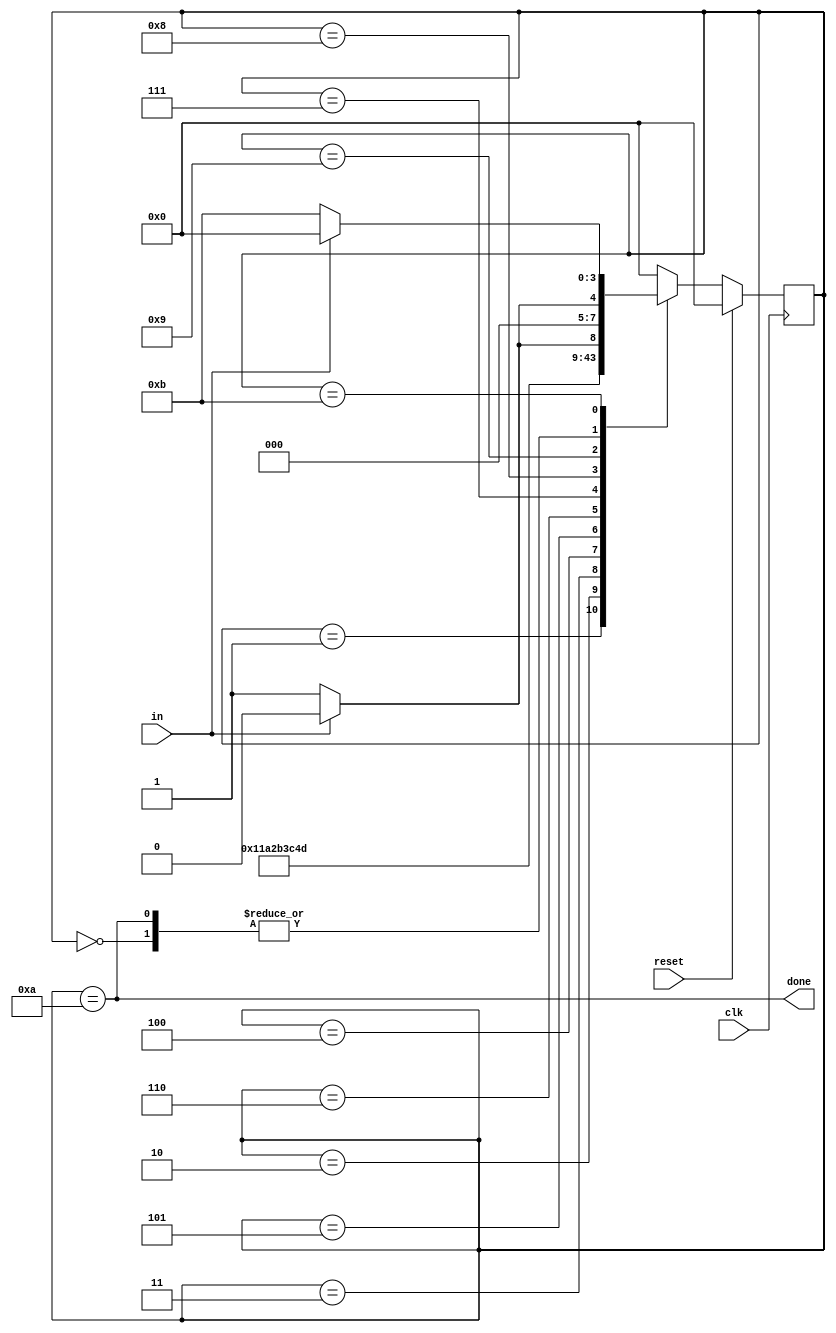
module top_module(
    input clk,
    input in,
    input reset,    // Synchronous reset
    output done
); 

    parameter 
    IDLE  = 4'd0,
    START = 4'd1,
    BIT1  = 4'd2,
    BIT2  = 4'd3,
    BIT3  = 4'd4,
    BIT4  = 4'd5,
    BIT5  = 4'd6,
    BIT6  = 4'd7,
    BIT7  = 4'd8,
    BIT8  = 4'd9,
    STOP  = 4'd10,
   	ERROR  = 4'd11;
    reg [3:0] state,nstate;
    
    always @(posedge clk)begin
        if(reset)begin
            state <= IDLE;
        end
        else begin
           state <= nstate; 
        end
    end
    
    always @(*)begin
       nstate = IDLE;
        case(state)
            IDLE: nstate = in? IDLE:START;
            START:nstate = BIT1;
            BIT1: nstate = BIT2;
            BIT2: nstate = BIT3;
            BIT3: nstate = BIT4;
            BIT4: nstate = BIT5;
            BIT5: nstate = BIT6;
            BIT6: nstate = BIT7;
            BIT7: nstate = BIT8;
            BIT8: nstate = in? STOP:ERROR;
            STOP: nstate = in? IDLE:START;
            ERROR: nstate = in? IDLE:ERROR;
            default: nstate = IDLE;
        endcase
    end
    
    assign done = (state == STOP);

    
endmodule